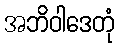
အဘိဝါဒေတုံ